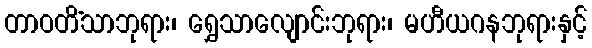
တာဝတိံသာဘုရား၊ ရွှေသာလျောင်းဘုရား၊ မဟီယဂနဘုရားနှင့်